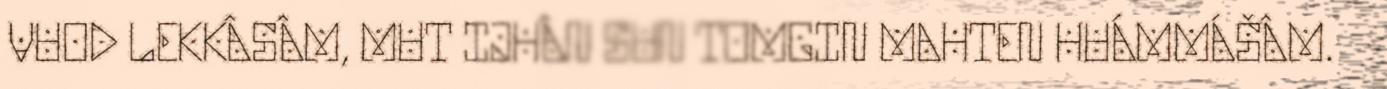
VUOD LEKKÂSÂM, MUT IJHÂN SUN TOMGIN MAHTEN HUÁMMÁŠÂM.